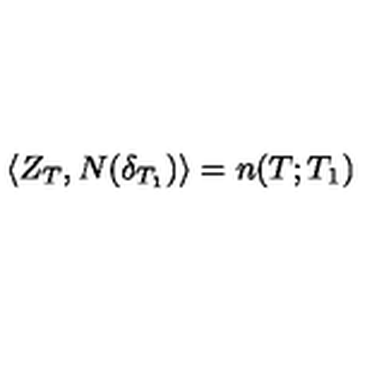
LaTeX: \langle Z _ { T } , N ( \delta _ { T _ { 1 } } ) \rangle = n ( T ; T _ { 1 } )